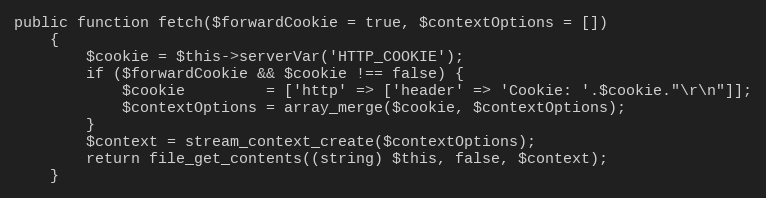
Language: PHP
public function fetch($forwardCookie = true, $contextOptions = [])
    {
        $cookie = $this->serverVar('HTTP_COOKIE');
        if ($forwardCookie && $cookie !== false) {
            $cookie         = ['http' => ['header' => 'Cookie: '.$cookie."\r\n"]];
            $contextOptions = array_merge($cookie, $contextOptions);
        }
        $context = stream_context_create($contextOptions);
        return file_get_contents((string) $this, false, $context);
    }